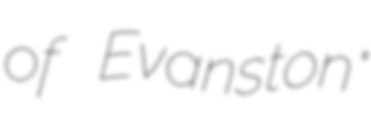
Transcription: of Evanston"